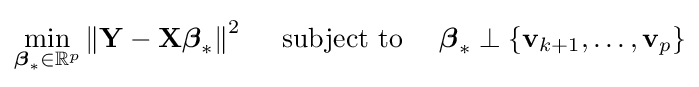
\min _{{\boldsymbol {\beta }}_{*}\in \mathbb {R} ^{p}}\left\|\mathbf {Y} -\mathbf {X} {\boldsymbol {\beta }}_{*}\right\|^{2}\quad {\text{ subject to }}\quad {\boldsymbol {\beta }}_{*}\perp \{\mathbf {v} _{k+1},\ldots ,\mathbf {v} _{p}\}